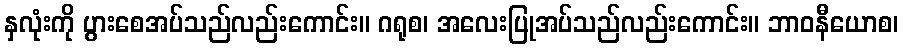
နှလုံးကို ပွားစေအပ်သည်လည်းကောင်း။ ဂရုစ၊ အလေးပြုအပ်သည်လည်းကောင်း။ ဘာဝနီယောစ၊